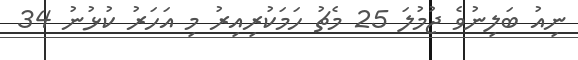
ނިއު ބަލިނުވެ ޖުމުލަ 25 މެޗު ހަމަކުރިއިރު މި އަހަރު ކުޅުނު 34